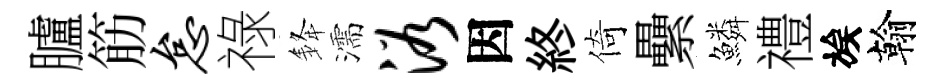
臚筋怠祿𨦟濡浴因終倚纍鱗禮族翰